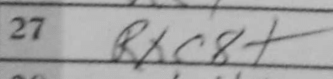
Transcription: Rxc8+